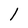
Character: 1